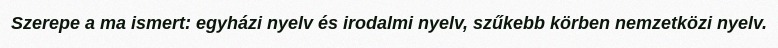
Szerepe a ma ismert: egyházi nyelv és irodalmi nyelv, szűkebb körben nemzetközi nyelv.